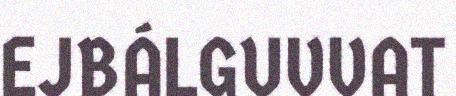
EJBÁLGUVVAT